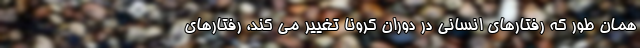
همان طور که رفتارهای انسانی در دوران کرونا تغییر می کند، رفتارهای